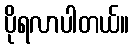
ပိုရလာပါတယ်။